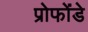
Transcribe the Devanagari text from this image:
प्रोफोंडे